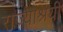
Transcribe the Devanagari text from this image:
राज्याश्रयी